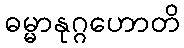
ဓမ္မာနုဂ္ဂဟောတိ